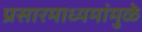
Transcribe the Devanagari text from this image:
प्रसारमाध्यमांमुळे